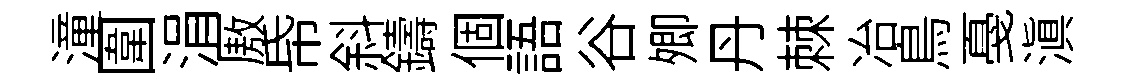
潼圍涓厫帋斜鑄個語谷𡖖丹棘冶鳥戞滇